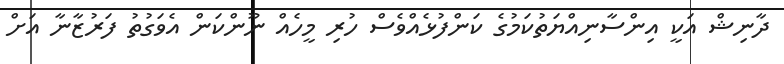
ދާނިޝް އަކީ އިންސާނިއްޔަތުކަމުގެ ކަންފުޅެއްވެސް ހުރި މީހެއް ނޫންކަން އެވަގުތު ފަރުޒާނާ އަށް